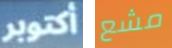
أكتوبر مشع